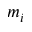
m _ { i }